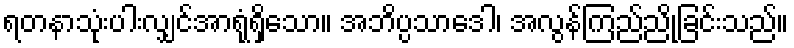
ရတနာသုံးပါးလျှင်အာရုံရှိသော။ အဘိပ္ပသာဒေါ၊ အလွန်ကြည်ညိုခြင်းသည်။